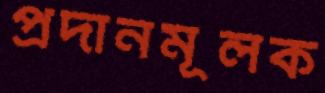
প্রদানমূলক